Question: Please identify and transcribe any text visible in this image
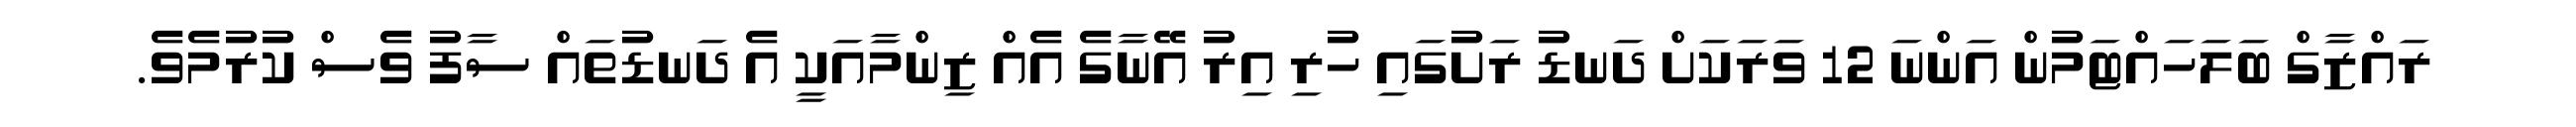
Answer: ރައްޒާގް ބަލަހައްޓަމުން އަންނަ 12 ވަރަކަށް ދަނޑު ރަށުގައި ހުރި އިރު އޭނާގެ އެއް ޒިންމާއަކީ އެ ދަނޑުތައް ސާފު ވެސް ކުރުމެވެ.